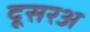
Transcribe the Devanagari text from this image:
दूसरअ